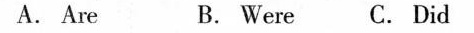
A. Are B. Were C. Did